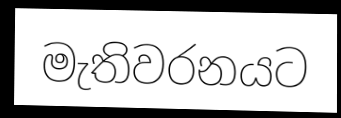
මැතිවරනයට